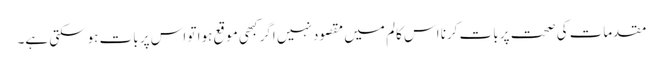
مقدمات کی صحت پر بات کرنا اس کالم میں مقصود نہیں اگر کبھی موقع ہوا تو اس پر بات ہوسکتی ہے۔